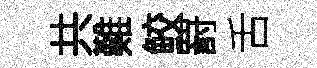
共難鲛罸舌